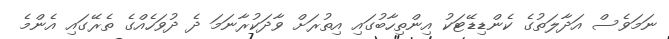
ނަމަވެސް އަދާލަތުގެ ކެންޑިޑޭޓަކު އިންތިހާބުގައި އިތުރަށް ވާދަކުރާނަމަ ދެ ދުވަހެއްގެ ތެރޭގައި އެންމެ